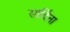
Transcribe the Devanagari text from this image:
सार्दिना